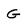
Character: G